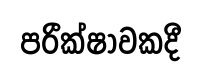
පරීක්ෂාවකදී